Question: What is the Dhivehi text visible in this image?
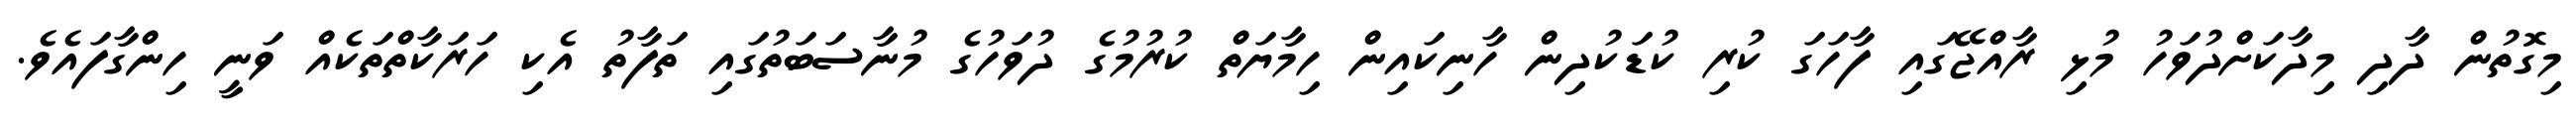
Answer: މިގޮތުން ދާދި މިދާކަށްދުވަހު މުޅި ރާއްޖޭގައި ފާހަގަ ކުރި ކުޑަކުދިން ހާނިކައިން ހިމާޔަތް ކުރުމުގެ ދުވަހުގެ މުނާސަބަތުގައި ތަފާތު އެކި ހަރަކާތްތަކެއް ވަނީ ހިންގާފައެވެ.